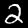
Digit: 2